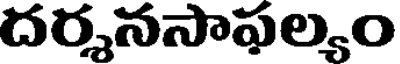
దర్శనసాఫల్యం